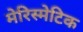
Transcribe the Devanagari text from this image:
मेरिस्मेटिक